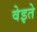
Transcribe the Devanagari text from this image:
वेइते